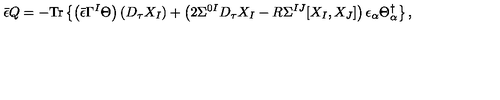
{ \bar { \epsilon } } Q = - \mathrm { T r } \left\{ \left( { \bar { \epsilon } } \Gamma ^ { I } \Theta \right) \left( D _ { \tau } X _ { I } \right) + \left( 2 \Sigma ^ { 0 I } D _ { \tau } X _ { I } - R \Sigma ^ { I J } [ X _ { I } , X _ { J } ] \right) \epsilon _ { \alpha } \Theta _ { \alpha } ^ { \dag } \right\} ,